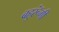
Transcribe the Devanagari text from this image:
बहुरूॅंगी